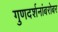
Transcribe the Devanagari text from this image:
गुणदर्शनांबरोबर